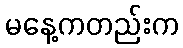
မနေ့ကတည်းက